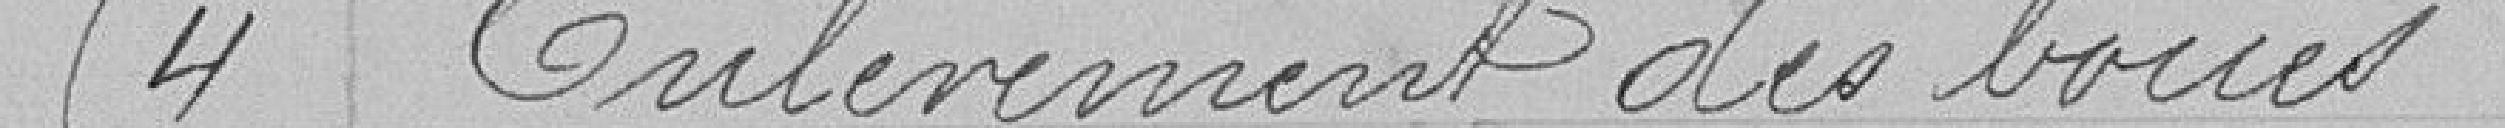
54 Enlèvement des boues